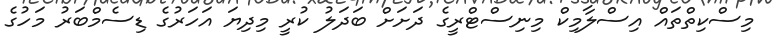
މިސްކިތްތައް އިސްލާމިކް މިނިސްޓްރީގެ ދަށަށް ބަދަލު ކުރީ މިދިޔަ އަހަރުގެ ޑިސެމްބަރު މަހުގެ